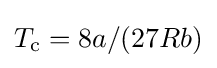
T_{\text{c}}=8a/(27Rb)